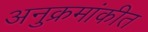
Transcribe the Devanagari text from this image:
अनुक्रमांकीत